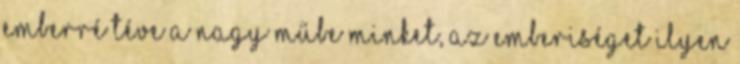
emberré téve a nagy műbe minket, az emberiséget ilyen